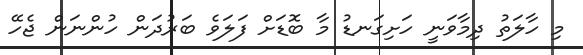
މި ހާލަތު ދިމާވަނީ ހަށިގަނޑު މާ ބޮޑަށް ފަލަވެ ބަރުދަން ހުންނަން ޖެހޭ